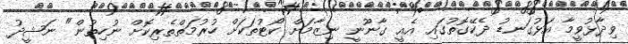
ވިދާޅުވީމާ އަޅުގަނޑު ދެކޭގޮތުގައި އެއީ ގާނޫނީ ނިޒާމަށް ކޯޓުތަކަށް ހުރުމަތްތެރިކޮށް ނުހިތުން" ނަޝީދު